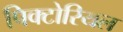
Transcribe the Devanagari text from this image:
पिक्टोरियल